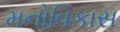
મનોવિકાસ